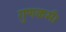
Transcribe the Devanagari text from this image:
गुणकर्म।